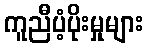
ကူညီပံ့ပိုးမှုများ